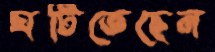
ঘটিতেছেন